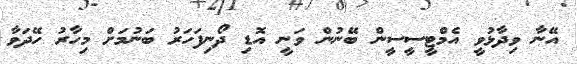
އޭނާ ވިދާޅުވީ އެމްޓީސީސީން ބޭނުން ވަނީ އޮޑި ދޯނިފަހަރު ބަނުމަށް މިހާރު ހޭދަވާ